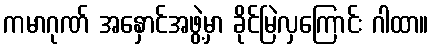
ကမာဂုဏ် အနှောင်အဖွဲ့မှာ ခိုင်မြဲလှကြောင်း ဂါထာ။